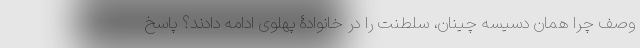
وصف چرا همان دسیسه چینان، سلطنت را در خانوادۀ پهلوی ادامه دادند؟ پاسخ